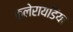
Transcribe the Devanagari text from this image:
क्लेरायडिया